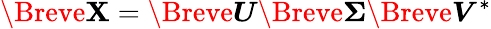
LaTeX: \Breve{\boldsymbol{\mathbf{X}}}=\Breve{\boldsymbol{U}}\Breve{\boldsymbol{\Sigma}}\Breve{\boldsymbol{V}}^{*}